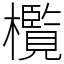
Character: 㰖